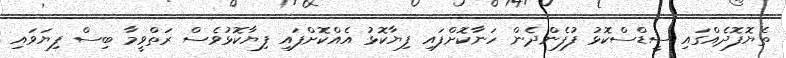
ތެޔޮފޮދެއްގައި ސީޑްސްކޮޅު ފުފެންދެން ހަނާކޮށްފައި ފިޔާކޮޅު އެއްކޮށްފައި ފިޔާކޮޅުވެސް ރަތްވީމާ ބިސް ފިޔަވައި